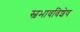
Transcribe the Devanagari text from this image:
स्वभावविशेष